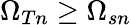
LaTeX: \Omega_{Tn}\geq\Omega_{sn}